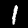
Digit: 1